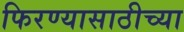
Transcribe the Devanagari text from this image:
फिरण्यासाठीच्या